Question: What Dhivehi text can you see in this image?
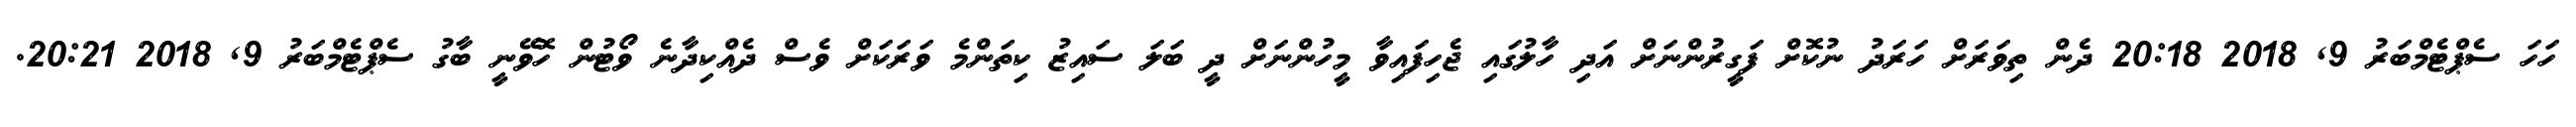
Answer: ހަހަ ސެޕްޓެމްބަރު 9, 2018 20:18 ދެން ތިވަރަށް ހަރަދު ނުކޮށް ފަގީރުންނަށް އަދި ހާލުގައި ޖެހިފައިވާ މީހުންނަށް ދީ ބަލަ ސައިޒު ކިތަންމެ ވަރަކަށް ވެސް ދެއްކިދާނެ ވޯޓުން ހޮވޭނީ ބާގު ސެޕްޓެމްބަރު 9, 2018 20:21.